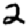
Digit: 2